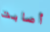
أصابت